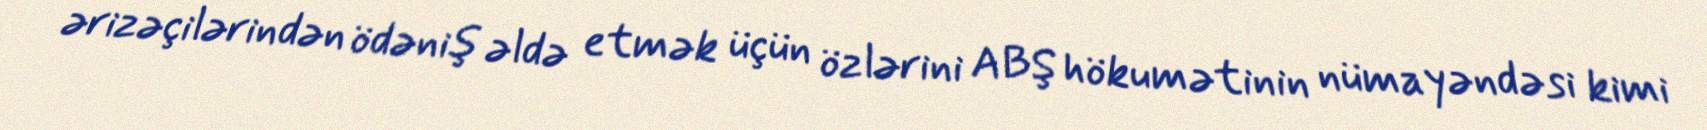
ərizəçilərindən ödəniş əldə etmək üçün özlərini ABŞ hökumətinin nümayəndəsi kimi